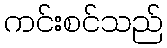
ကင်းစင်သည်